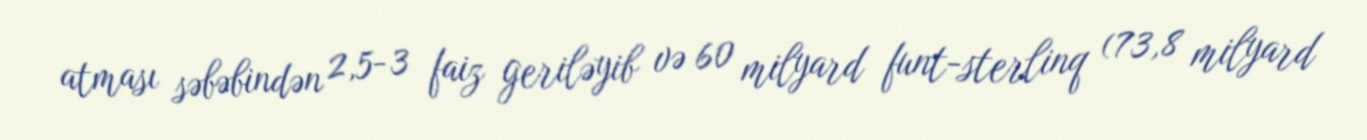
atması səbəbindən 2,5-3 faiz geriləyib və 60 milyard funt-sterlinq (73,8 milyard